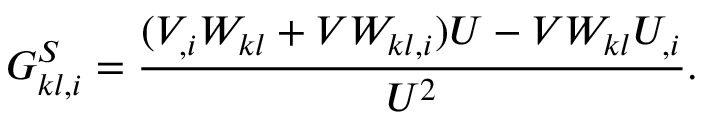
\boldsymbol { G _ { k l , i } ^ { S } } = \frac { ( V _ { , i } W _ { k l } + V W _ { k l , i } ) U - V W _ { k l } U _ { , i } } { U ^ { 2 } } .